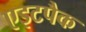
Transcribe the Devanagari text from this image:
एइटपैक